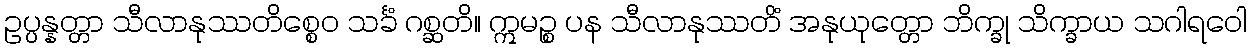
ဥပ္ပန္နတ္တာ သီလာနုဿတိစ္စေဝ သင်္ခံ ဂစ္ဆတိ။ ဣမဉ္စ ပန သီလာနုဿတိံ အနုယုတ္တော ဘိက္ခု သိက္ခာယ သဂါရဝေါ